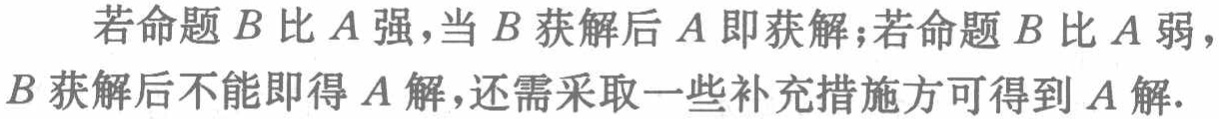
若命题\(B\)比\(A\)强，当\(B\)获解后\(A\)即获解；若命题\(B\)比\(A\)弱，\(B\)获解后不能即得\(A\)解，还需采取一些补充措施方可得到\(A\)解.